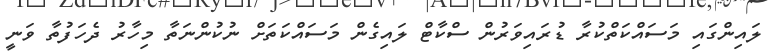
ލައިންގައި މަސައްކަތްކުރާ ޑުރައިވަރުން ސްކާޓް ލައިގެން މަސައްކަތަށް ނުކުންނަތާ މިހާރު ދެހަފުތާ ވަނީ